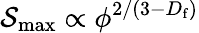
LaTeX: {\mathcal{S}_{\mathrm{max}}\propto\phi^{2/(3-D_{\mathrm{f}})}}